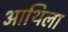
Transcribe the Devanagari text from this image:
आथिला